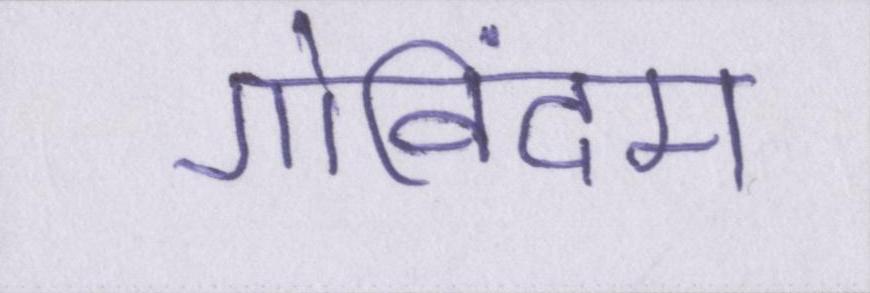
गोविंदम